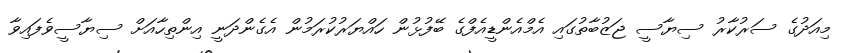
މިއަދުގެ ސަރުކާރު ސިޔާސީ ޖަޒުބާތުގައި އެމްއެންޑީއެފްގެ ބޭފުޅުން ހައްޔަރުކުރަމުން އެގެންދަނީ އިންތިހާއަށް ސިޔާސީވެފައިވާ